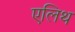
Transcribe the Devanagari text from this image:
एलिथ